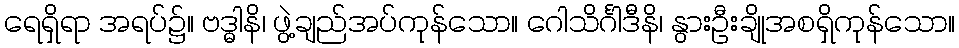
ရေရှိရာ အရပ်၌။ ဗဒ္ဓါနိ၊ ဖွဲ့ချည်အပ်ကုန်သော။ ဂေါသိင်္ဂါဒီနိ၊ နွားဦးချိုအစရှိကုန်သော။